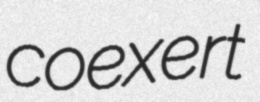
coexert